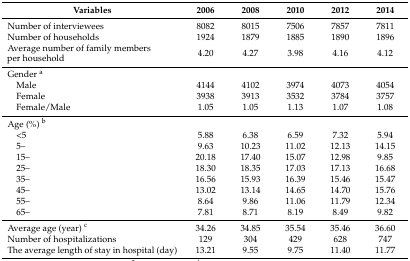
| Variables | 2006 | 2008 | 2010 | 2012 | 2014 |
 | --- | --- | --- | --- | --- | --- |
 | Number of interviewees | 8082 | 8015 | 7506 | 7857 | 7811 |
 | Number of households | 1924 | 1879 | 1885 | 1890 | 1896 |
 | Average number of family members per household | 4.20 | 4.27 | 3.98 | 4.16 | 4.12 |
 | Gender a |  |  |  |  |  |
 | Male | 4144 | 4102 | 3974 | 4073 | 4054 |
 | Female | 3938 | 3913 | 3532 | 3784 | 3757 |
 | Female/Male | 1.05 | 1.05 | 1.13 | 1.07 | 1.08 |
 | Age (%) b |  |  |  |  |  |
 | <5 | 5.88 | 6.38 | 6.59 | 7.32 | 5.94 |
 | 5– | 9.63 | 10.23 | 11.02 | 12.13 | 14.15 |
 | 15– | 20.18 | 17.40 | 15.07 | 12.98 | 9.85 |
 | 25– | 18.30 | 18.35 | 17.03 | 17.13 | 16.68 |
 | 35– | 16.56 | 15.93 | 16.39 | 15.46 | 15.47 |
 | 45– | 13.02 | 13.14 | 14.65 | 14.70 | 15.76 |
 | 55– | 8.64 | 9.86 | 11.06 | 11.79 | 12.34 |
 | 65– | 7.81 | 8.71 | 8.19 | 8.49 | 9.82 |
 | Average age (year) c | 34.26 | 34.85 | 35.54 | 35.46 | 36.60 |
 | Number of hospitalizations | 129 | 304 | 429 | 628 | 747 |
 | The average length of stay in hospital (day) | 13.21 | 9.55 | 9.75 | 11.40 | 11.77 |